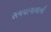
સમયાગાળાની